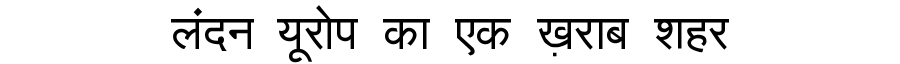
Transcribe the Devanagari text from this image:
लंदन यूरोप का एक ख़राब शहर